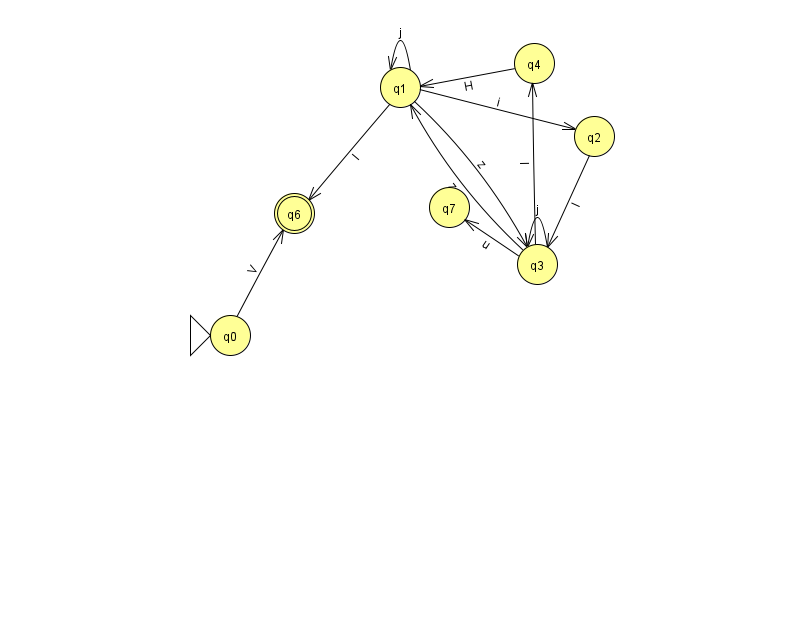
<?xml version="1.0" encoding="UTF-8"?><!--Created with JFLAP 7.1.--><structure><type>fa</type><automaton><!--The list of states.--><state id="0" name="q0"><x>230.0</x><y>322.0</y><initial/></state><state id="1" name="q1"><x>400.0</x><y>74.0</y></state><state id="2" name="q2"><x>594.0</x><y>123.0</y></state><state id="3" name="q3"><x>537.0</x><y>251.0</y></state><state id="4" name="q4"><x>534.0</x><y>50.0</y></state><state id="6" name="q6"><x>294.0</x><y>200.0</y><final/></state><state id="7" name="q7"><x>449.0</x><y>194.0</y></state><!--The list of transitions.--><transition><from>2</from><to>3</to><read>l</read></transition><transition><from>3</from><to>7</to><read>u</read></transition><transition><from>4</from><to>1</to><read>H</read></transition><transition><from>1</from><to>2</to><read>i</read></transition><transition><from>3</from><to>4</to><read>l</read></transition><transition><from>1</from><to>1</to><read>j</read></transition><transition><from>1</from><to>3</to><read>z</read></transition><transition><from>3</from><to>1</to><read>z</read></transition><transition><from>3</from><to>3</to><read>j</read></transition><transition><from>0</from><to>6</to><read>V</read></transition><transition><from>1</from><to>6</to><read>I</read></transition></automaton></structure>